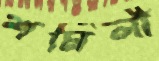
শর্মিলী